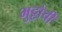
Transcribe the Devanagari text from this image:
भुट्टोची